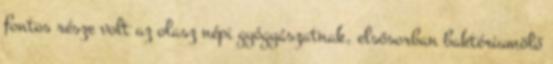
fontos része volt az olasz népi gyógyászatnak, elsősorban baktériumölő